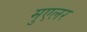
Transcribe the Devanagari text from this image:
मुएलर